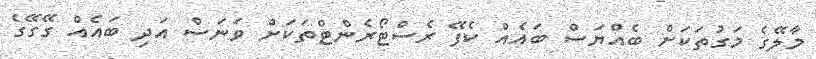
މާލޭގެ މަގުތަކަށް ބެއްޔަސް ބައެއް ކެފޭ ރެސްޓޯރެންޓްތަކަށް ވަނަސް އަދި ބައެއް ގޭގޭގެ